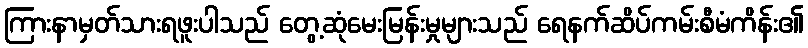
ကြားနာမှတ်သားရဖူးပါသည် တွေ့ဆုံမေးမြန်းမှုများသည် ရေနက်ဆိပ်ကမ်းစီမံကိန်း၏